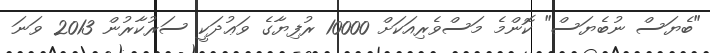
"ބެޔަސް ނުބެޔަސް" ކޮންމެ މަސްވެރިއަކަށް 10000 ރުފިޔާގެ ވަޢުދަކީ ސަރުކާރުން 2013 ވަނަ